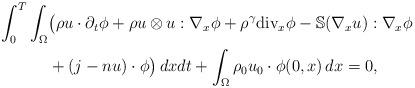
LaTeX: \begin{align*}\int^{T}_{0}\int_{\Omega}&\big(\rho u\cdot \partial_t\phi+\rho u\otimes u:\nabla_x\phi+\rho^{\gamma}{\rm{div}}_x\phi-\mathbb{S}(\nabla_x u):\nabla_x\phi\\&+(j-nu)\cdot\phi\big)\,dxdt+\int_{\Omega}\rho_0u_0\cdot\phi(0,x)\,dx=0,\end{align*}